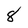
Character: 8